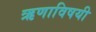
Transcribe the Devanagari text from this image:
ऋणाविषयी